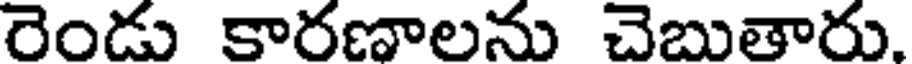
రెండు కారణాలను చెబుతారు.